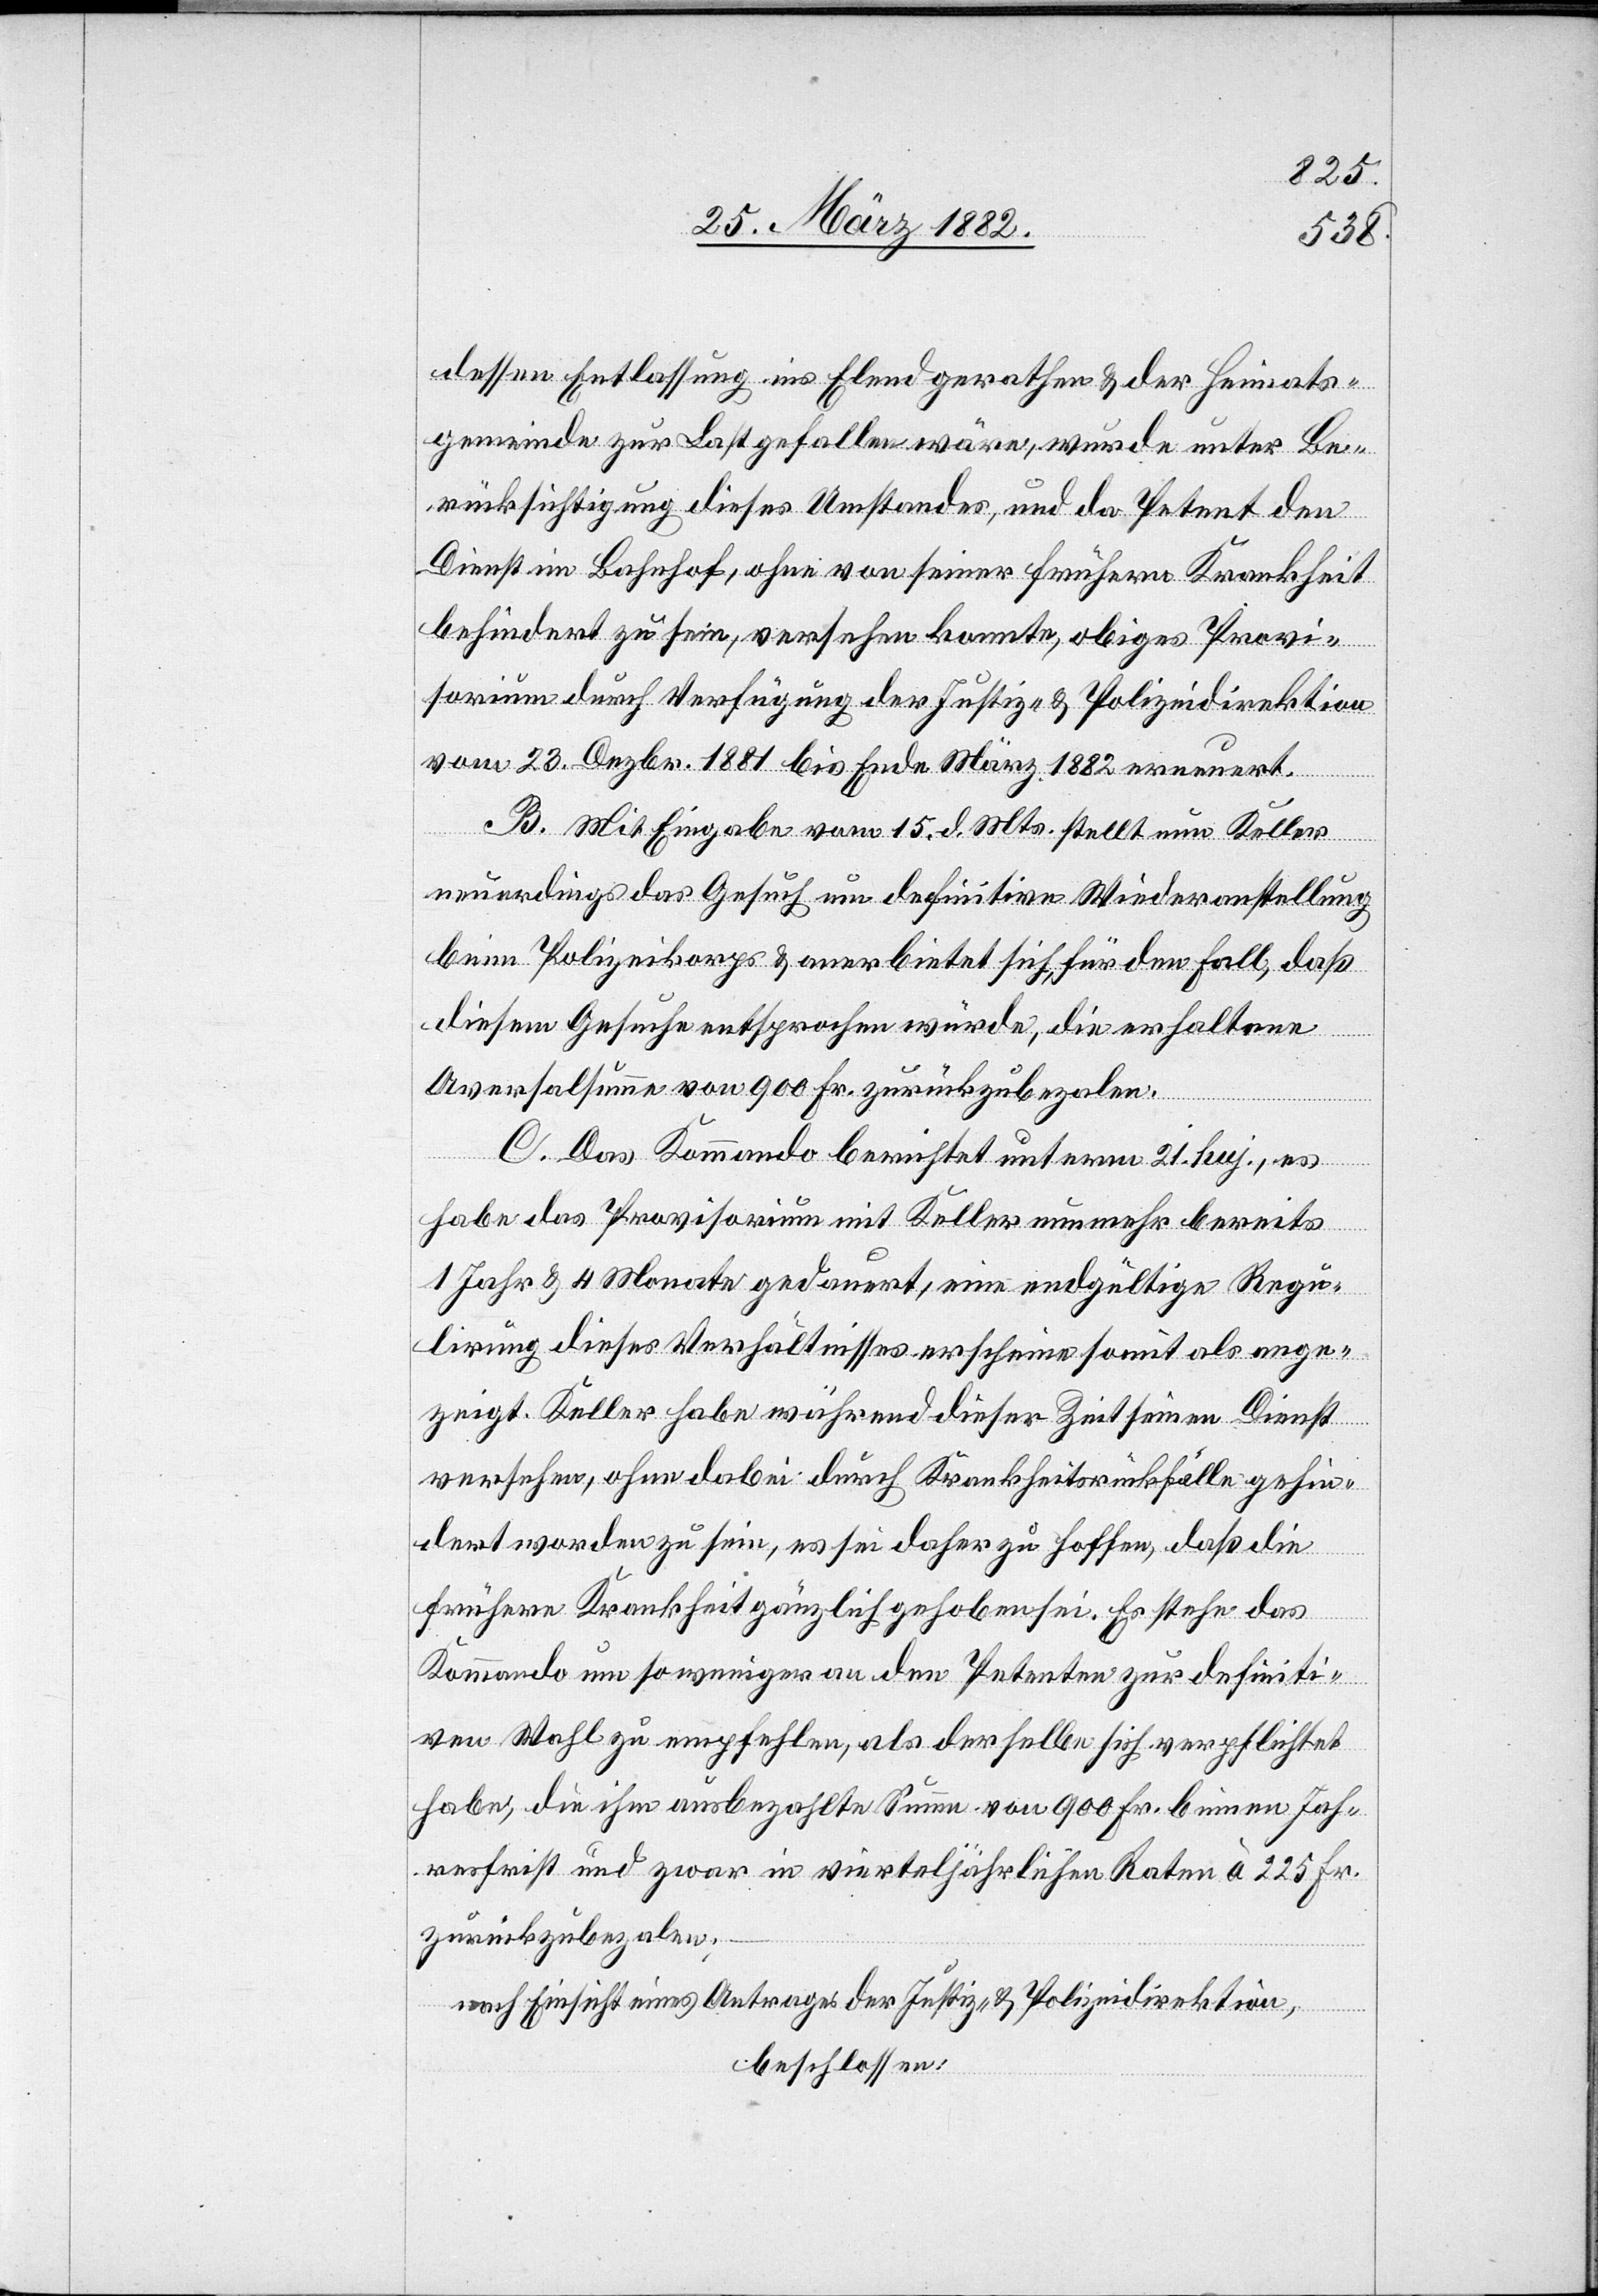
dessen Entlassung ins Elend gerathen & der Heimats¬
gemeinde zur Last gefallen wäre, wurde unter Be¬
rücksichtigung dieses Umstandes, und da Petent den
Dienst im Bahnhof, ohne von seiner frühern Krankheit
behindert zu sein, versehen konnte, obiges Provi¬
sorium durch Verfügung der Justiz- & Polizeidirektion
vom 23. Dezbr. 1881 bis Ende März 1882 erneuert.
B. Mit Eingabe vom 15. d. Mts. stellt nun Keller
neuerdings das Gesuch um definitive Wiederanstellung
beim Polizeikorps & anerbietet sich für den Fall, daß
diesem Gesuche entsprochen würde, die erhaltene
Aversalsumme von 900 Fr. zurückzubezalen.
C. Das Kommando berichtet unterm 21. huj., es
habe das Provisorium mit Keller nunmehr bereits
1 Jahr & 4 Monate gedauert, eine endgültige Regu¬
lierung dieses Verhältnisses erscheine somit als ange¬
zeigt. Keller habe während dieser Zeit seinen Dienst
versehen, ohne dabei durch Krankheitsrückfalle gehin¬
dert worden zu sein, es sei daher zu hoffen, daß die
frühere Krankheit gänzlich gehoben sei. Es stehe das
Kommando um so weniger an, den Petenten zur definiti¬
ven Wahl zu empfehlen, als derselbe sich verpflichtet
habe, die ihm ausbezahlte Summe von 900 Fr. binnen Jah¬
resfrist und zwar in vierteljährlichen Raten à 225 Fr.
zurückzubezalen;
nach Einsicht eines Antrages der Justiz- & Polizeidirektion,
beschlossen: